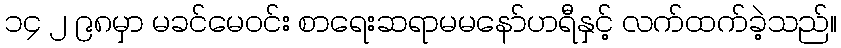
၁၄ ၂ ၉၈မှာ မခင်မေဝင်း စာရေးဆရာမမနော်ဟရီနှင့် လက်ထက်ခဲ့သည်။